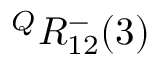
{ } ^ { Q } R _ { 1 2 } ^ { - } ( 3 )